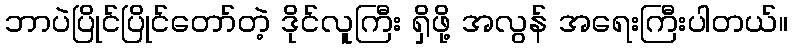
ဘာပဲပြိုင်ပြိုင်တော်တဲ့ ဒိုင်လူကြီး ရှိဖို့ အလွန် အရေးကြီးပါတယ်။